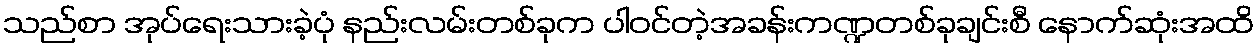
သည်စာ အုပ်ရေးသားခဲ့ပုံ နည်းလမ်းတစ်ခုက ပါဝင်တဲ့အခန်းကဏ္ဍတစ်ခုချင်းစီ နောက်ဆုံးအထိ